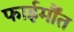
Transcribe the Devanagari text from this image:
फाईर्मौंत